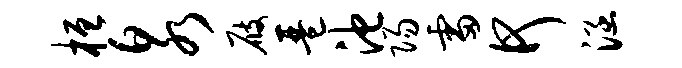
桓泉屐琶池阳雷何涵